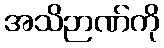
အသိဉာဏ်ကို